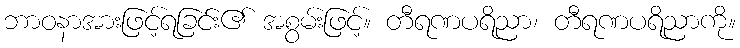
ဘာဝနာအားဖြင့်ရခြင်း၏ အစွမ်းဖြင့်။ တီရဏပရိညာ၊ တီရဏပရိညာကို။